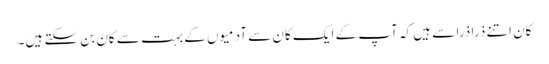
کان اتنے ذرا ذرا سے ہیں کہ آپ کے ایک کان سے آدمیوں کے بہت سے کان بن سکتے ہیں۔